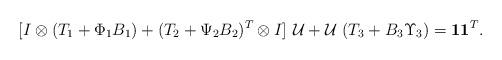
LaTeX: \begin{align*}[ I\otimes (T_1+\Phi_1B_1)+(T_2+\Psi_2B_2)^T\otimes I ]\,\, \mathcal{U}+\mathcal{U}\,\, (T_3+B_3\Upsilon_3 )={\mathbf 1}{\mathbf 1}^T .\end{align*}